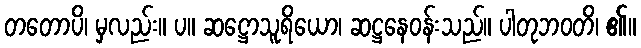
တတောပိ၊ မှလည်း။ ပ။ ဆဋ္ဌောသူရိယော၊ ဆဋ္ဌနေဝန်းသည်။ ပါတုဘဝတိ၊ ၏။